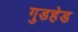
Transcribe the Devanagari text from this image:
गुडहेड